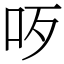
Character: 𠯪